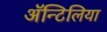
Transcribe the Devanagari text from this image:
अॅन्टिलिया